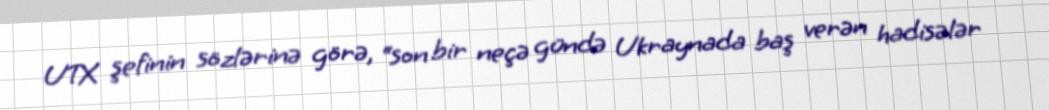
UTX şefinin sözlərinə görə, “son bir neçə gündə Ukraynada baş verən hadisələr